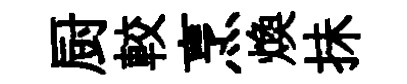
厨較烹煥抺